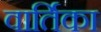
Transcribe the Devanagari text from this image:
वार्तिका